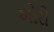
ઓરો